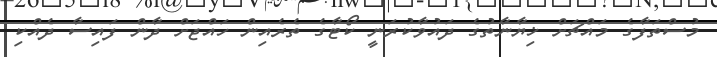
މުސްތަފާގެ މައްޗަށް ޚިޔާނާތުގެ ދައުވާކުރަނީ ކޯޓާގެ ތެރެއިން ހައްޖަށް ދާން ފައިސާ ދެއްކި